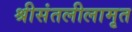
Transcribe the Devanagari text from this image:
श्रीसंतलीलामृत